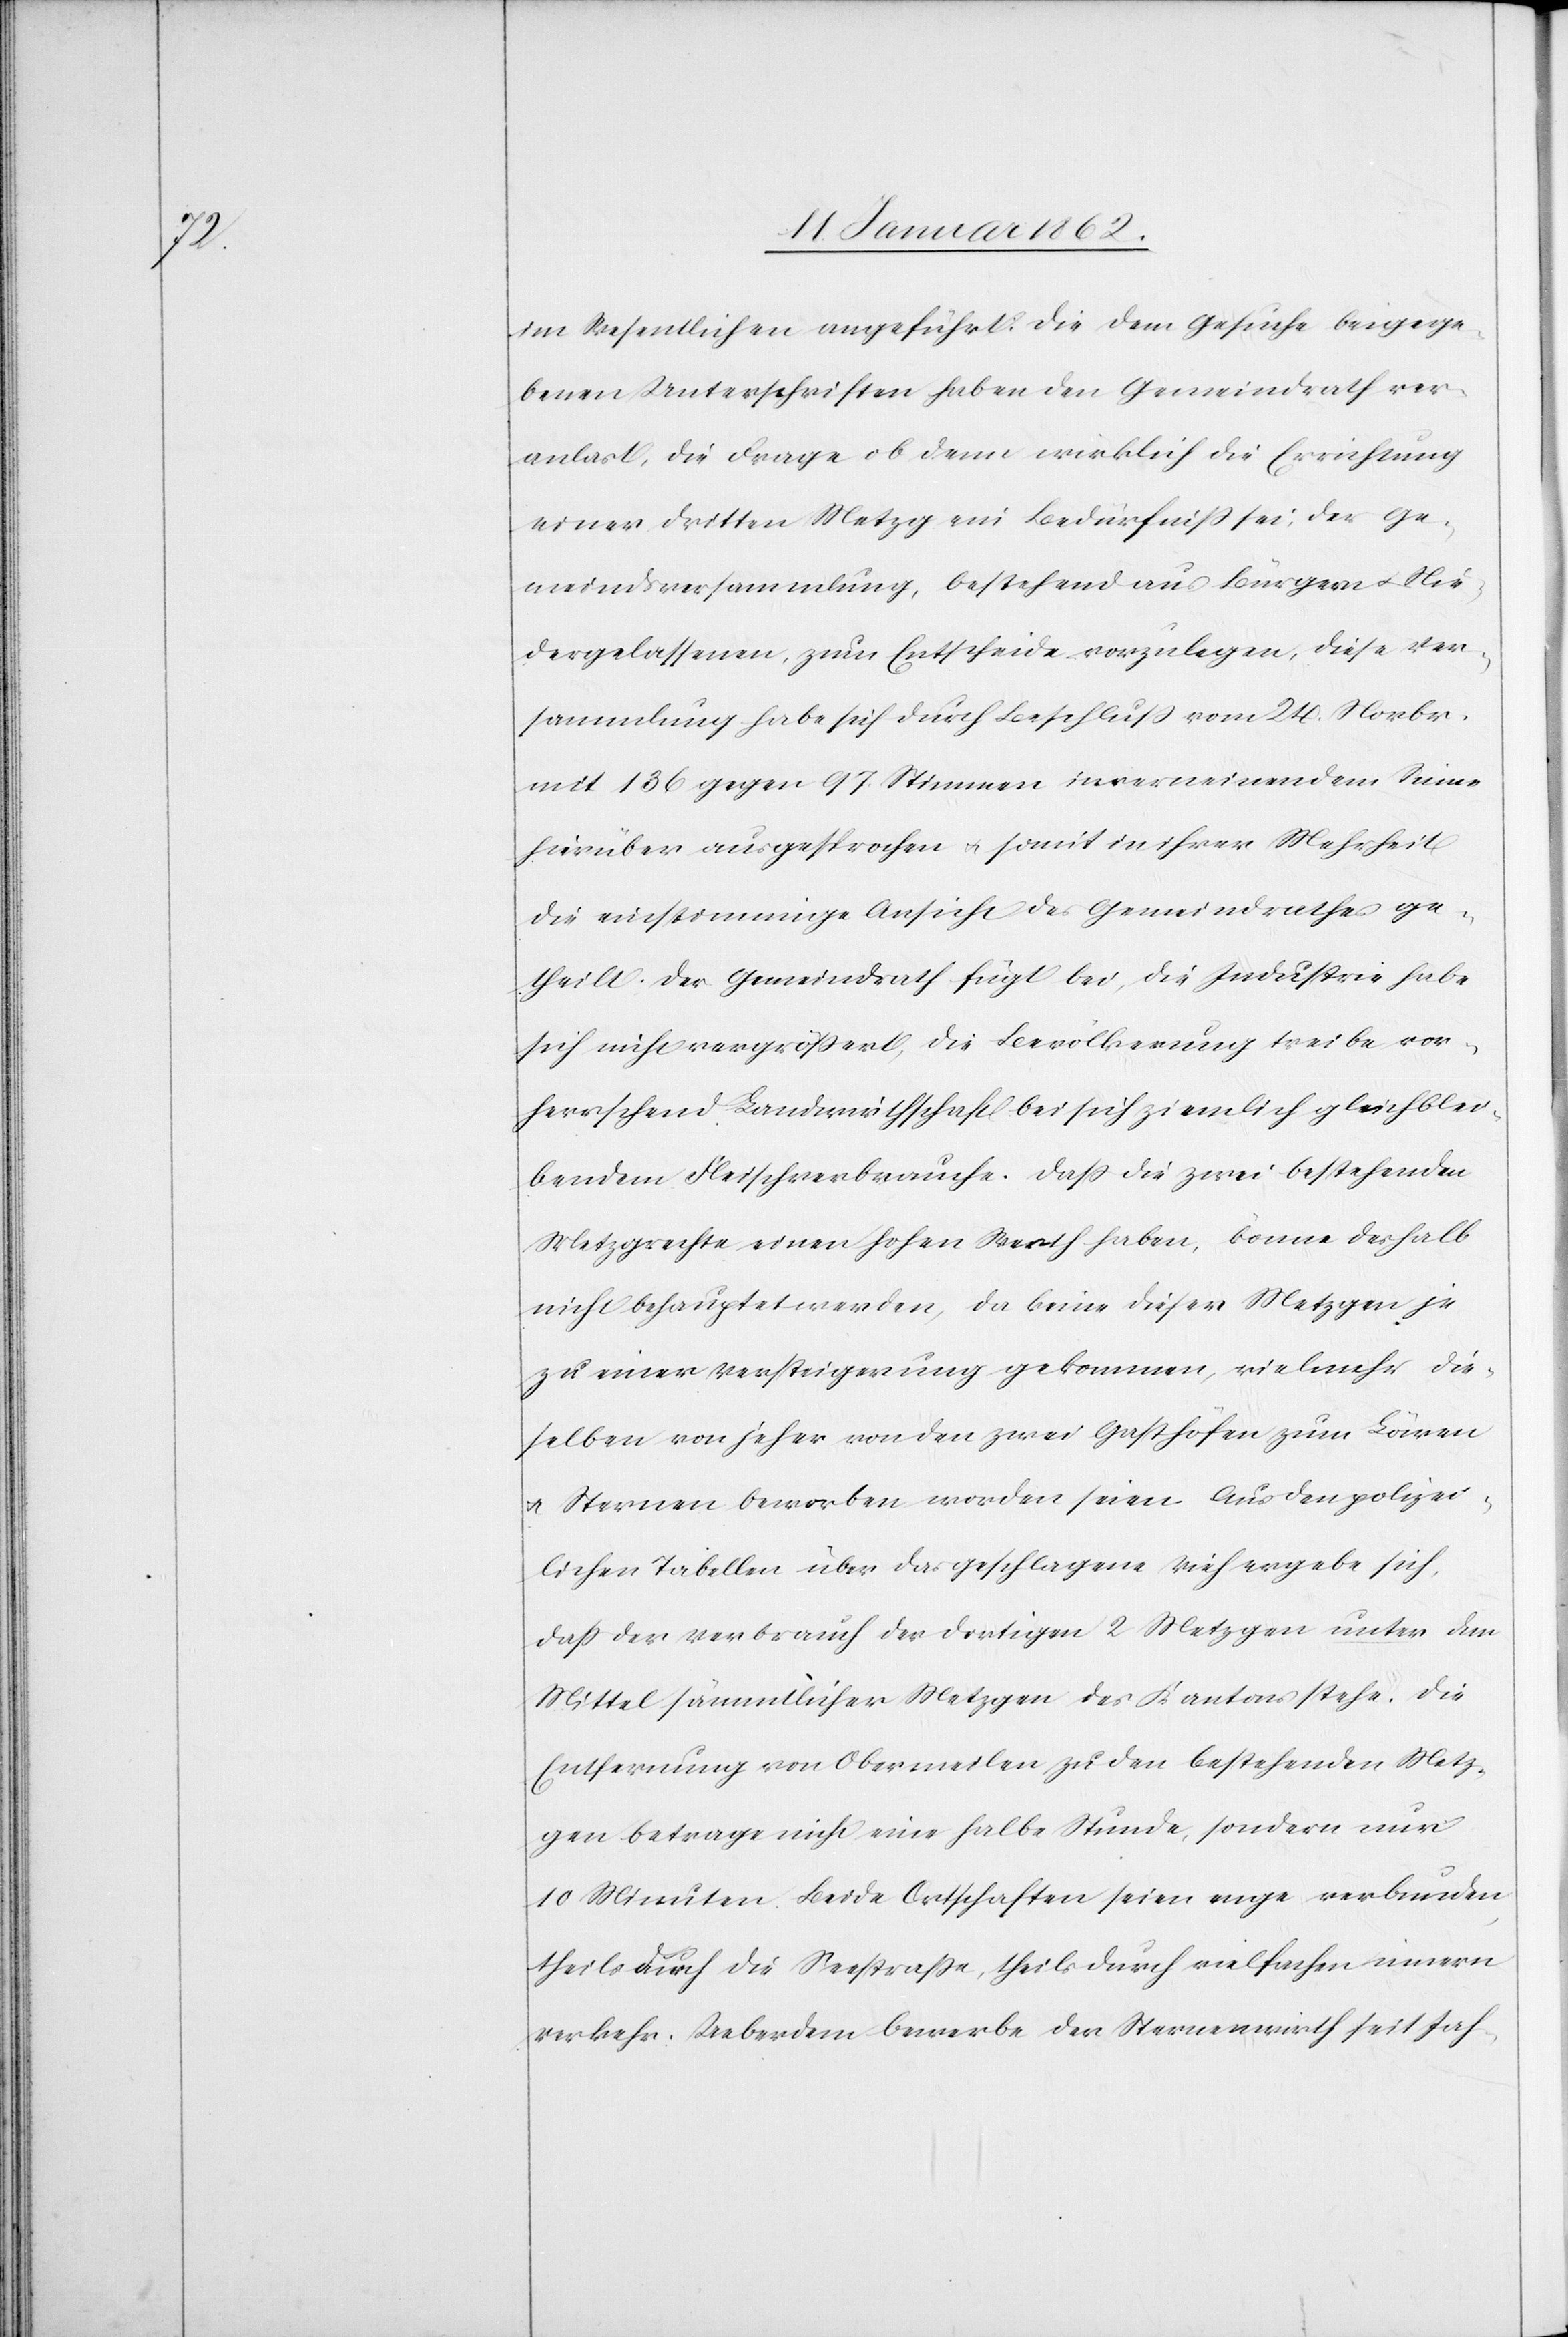
im Wesentlichen angeführt: Die dem Gesuche beigege¬
benen Unterschriften haben den Gemeindrath ver¬
anlast [sic!], die Frage ob denn wirklich die Errichtung
einer dritten Metzg ein Bedürfniß sei, der Ge¬
meindsversammlung, bestehend aus Bürgern u. Nie¬
dergelassenen, zum Entscheide vorzulegen, diese Ver¬
sammlung habe sich durch Beschluß vom 24. Novbr.
mit 136 gegen 97 Stimmen in verneinendem Sinne
hierüber ausgesprochen u. somit in ihrer Mehrheit
die einstimmige Ansicht des Gemeindrathes ge¬
theilt. Der Gemeindrath fügt bei, die Industrie habe
sich nicht vergrößert, die Bevölkerung treibe vor¬
herrschend Landwirthschaft bei sich ziemlich gleichblei¬
bendem Fleischverbrauche. Daß die zwei bestehenden
Metzgrechte einen hohen Werth haben, könne deshalb
nicht behauptet werden, da keine dieser Metzgen je
zu einer Versteigerung gekommen, vielmehr die¬
selben von jeher von den zwei Gasthöfen zum Löwen
u. Sternen beworben worden seien. Aus den polizei¬
lichen Tabellen über das geschlagene Vieh ergebe sich,
daß der Verbrauch der dortigen 2 Metzgen unter dem
Mittel sämmtlicher Metzgen des Kantons stehe. Die
Entfernung von Obermeilen zu den bestehenden Metz¬
gen betrage nicht eine halbe Stunde, sondern nur
10 Minuten. Beide Ortschaften seien enge verbunden
theils durch die Seestraße, theils durch vielfachen innern
Verkehr. Ueberdem bewerbe der Sternenwirth seit Jah-